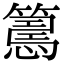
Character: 𢤉